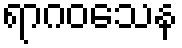
ရာဂဝသေန